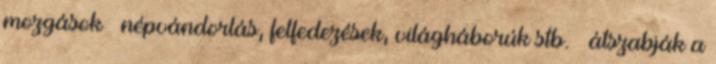
mozgások – népvándorlás, felfedezések, világháborúk stb. – átszabják a